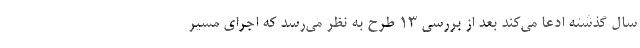
سال گذشته ادعا می‌کند بعد از بررسی ۱۳ طرح به نظر می‌رسد که اجرای مسیر